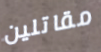
مقاتلين